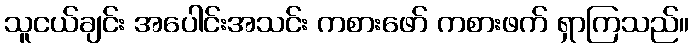
သူငယ်ချင်း အပေါင်းအသင်း ကစားဖော် ကစားဖက် ရှာကြသည်။